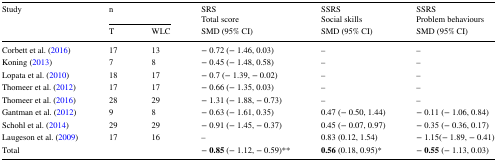
<table><thead><tr><td rowspan="2"><b>Study</b></td><td colspan="2"><b>n</b></td><td><b>SRSTotal score</b></td><td><b>SSRSSocial skills</b></td><td><b>SSRSProblem behaviours</b></td></tr><tr><td><b>T</b></td><td><b>WLC</b></td><td><b>SMD (95% CI)</b></td><td><b>SMD (95% CI)</b></td><td><b>SMD (95% CI)</b></td></tr></thead><tbody><tr><td>Corbett et al. (2016)</td><td>17</td><td>13</td><td>− 0.72 (− 1.46, 0.03)</td><td>–</td><td>–</td></tr><tr><td>Koning (2013)</td><td>7</td><td>8</td><td>− 0.45 (− 1.48, 0.58)</td><td>–</td><td>–</td></tr><tr><td>Lopata et al. (2010)</td><td>18</td><td>17</td><td>− 0.7 (− 1.39, − 0.02)</td><td>–</td><td>–</td></tr><tr><td>Thomeer et al. (2012)</td><td>17</td><td>17</td><td>− 0.66 (− 1.35, 0.03)</td><td>–</td><td>–</td></tr><tr><td>Thomeer et al. (2016)</td><td>28</td><td>29</td><td>− 1.31 (− 1.88, − 0.73)</td><td>–</td><td>–</td></tr><tr><td>Gantman et al. (2012)</td><td>9</td><td>8</td><td>− 0.63 (− 1.61, 0.35)</td><td>0.47 (− 0.50, 1.44)</td><td>− 0.11 (− 1.06, 0.84)</td></tr><tr><td>Schohl et al. (2014)</td><td>29</td><td>29</td><td>− 0.91 (− 1.45, − 0.37)</td><td>0.45 (− 0.07, 0.97)</td><td>− 0.35 (− 0.36, 0.17)</td></tr><tr><td>Laugeson et al. (2009)</td><td>17</td><td>16</td><td>–</td><td>0.83 (0.12, 1.54)</td><td>− 1.15(− 1.89, − 0.41)</td></tr><tr><td>Total</td><td></td><td></td><td>− <b>0.85</b> (− 1.12, − 0.59)**</td><td><b>0.56</b> (0.18, 0.95)*</td><td>− <b>0.55</b> (− 1.13, 0.03)</td></tr></tbody></table>